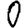
Digit: 0